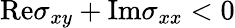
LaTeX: \mathrm{Re}\sigma_{xy}+\mathrm{Im}\sigma_{xx}<0